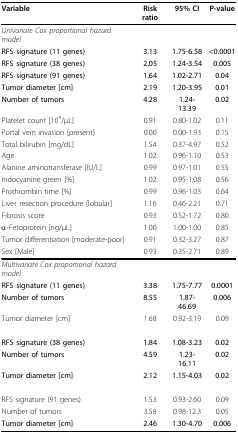
<table><thead><tr><td><b>Variable</b></td><td><b>Risk ratio</b></td><td><b>95% CI</b></td><td><b>P-value</b></td></tr></thead><tbody><tr><td><i>Univariate Cox proportional hazard model</i></td><td></td><td></td><td></td></tr><tr><td><b>RFS signature (11 genes)</b></td><td><b>3.13</b></td><td><b>1.75-6.58</b></td><td><b>&lt;0.0001</b></td></tr><tr><td><b>RFS signature (38 genes)</b></td><td><b>2.05</b></td><td><b>1.24-3.54</b></td><td><b>0.005</b></td></tr><tr><td><b>RFS signature (91 genes)</b></td><td><b>1.64</b></td><td><b>1.02-2.71</b></td><td><b>0.04</b></td></tr><tr><td><b>Tumor diameter [cm]</b></td><td><b>2.19</b></td><td><b>1.20-3.95</b></td><td><b>0.01</b></td></tr><tr><td><b>Number of tumors</b></td><td><b>4.28</b></td><td><b>1.24-13.39</b></td><td><b>0.02</b></td></tr><tr><td>Platelet count [10<sup>4</sup>/μL]</td><td>0.91</td><td>0.80-1.02</td><td>0.11</td></tr><tr><td>Portal vein invasion [present]</td><td>0.00</td><td>0.00-1.93</td><td>0.15</td></tr><tr><td>Total bilirubin [mg/dL]</td><td>1.54</td><td>0.37-4.97</td><td>0.52</td></tr><tr><td>Age</td><td>1.02</td><td>0.96-1.10</td><td>0.53</td></tr><tr><td>Alanine aminotransferase [IU/L]</td><td>0.99</td><td>0.97-1.01</td><td>0.55</td></tr><tr><td>Indocyanine green [%]</td><td>1.02</td><td>0.95-1.08</td><td>0.56</td></tr><tr><td>Prothrombin time [%]</td><td>0.99</td><td>0.96-1.03</td><td>0.64</td></tr><tr><td>Liver resection procedure [lobular]</td><td>1.16</td><td>0.46-2.21</td><td>0.71</td></tr><tr><td>Fibrosis score</td><td>0.93</td><td>0.52-1.72</td><td>0.80</td></tr><tr><td>α-Fetoprotein [ng/μL]</td><td>1.00</td><td>1.00-1.00</td><td>0.85</td></tr><tr><td>Tumor differentiation [moderate-poor]</td><td>0.91</td><td>0.32-3.27</td><td>0.87</td></tr><tr><td>Sex [Male]</td><td>0.93</td><td>0.35-2.71</td><td>0.89</td></tr><tr><td><i>Multivariate Cox proportional hazard model</i></td><td></td><td></td><td></td></tr><tr><td><b>RFS signature (11 genes)</b></td><td><b>3.38</b></td><td><b>1.75-7.77</b></td><td><b>0.0001</b></td></tr><tr><td><b>Number of tumors</b></td><td><b>8.55</b></td><td><b>1.87-46.69</b></td><td><b>0.006</b></td></tr><tr><td>Tumor diameter [cm]</td><td>1.68</td><td>0.92-3.19</td><td>0.09</td></tr><tr><td><b>RFS signature (38 genes)</b></td><td><b>1.84</b></td><td><b>1.08-3.23</b></td><td><b>0.02</b></td></tr><tr><td><b>Number of tumors</b></td><td><b>4.59</b></td><td><b>1.23-16.11</b></td><td><b>0.02</b></td></tr><tr><td><b>Tumor diameter [cm]</b></td><td><b>2.12</b></td><td><b>1.15-4.03</b></td><td><b>0.02</b></td></tr><tr><td>RFS signature (91 genes)</td><td>1.53</td><td>0.93-2.60</td><td>0.09</td></tr><tr><td>Number of tumors</td><td>3.58</td><td>0.98-12.3</td><td>0.05</td></tr><tr><td><b>Tumor diameter [cm]</b></td><td><b>2.46</b></td><td><b>1.30-4.70</b></td><td><b>0.006</b></td></tr></tbody></table>